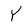
Character: Y